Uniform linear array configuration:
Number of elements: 8
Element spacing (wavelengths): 1
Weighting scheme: uniform
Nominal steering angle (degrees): -15
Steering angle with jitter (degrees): -14.785
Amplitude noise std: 0.05
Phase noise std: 0.05

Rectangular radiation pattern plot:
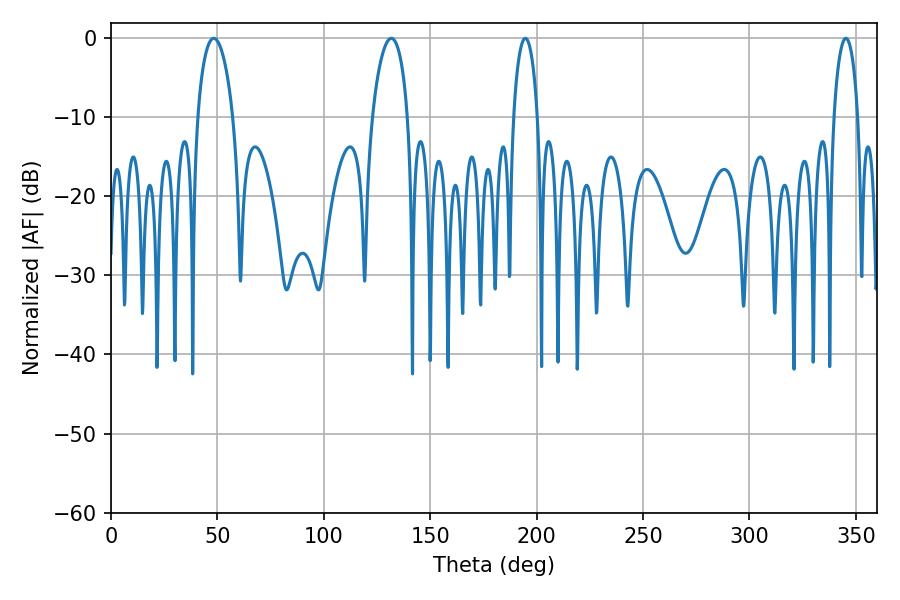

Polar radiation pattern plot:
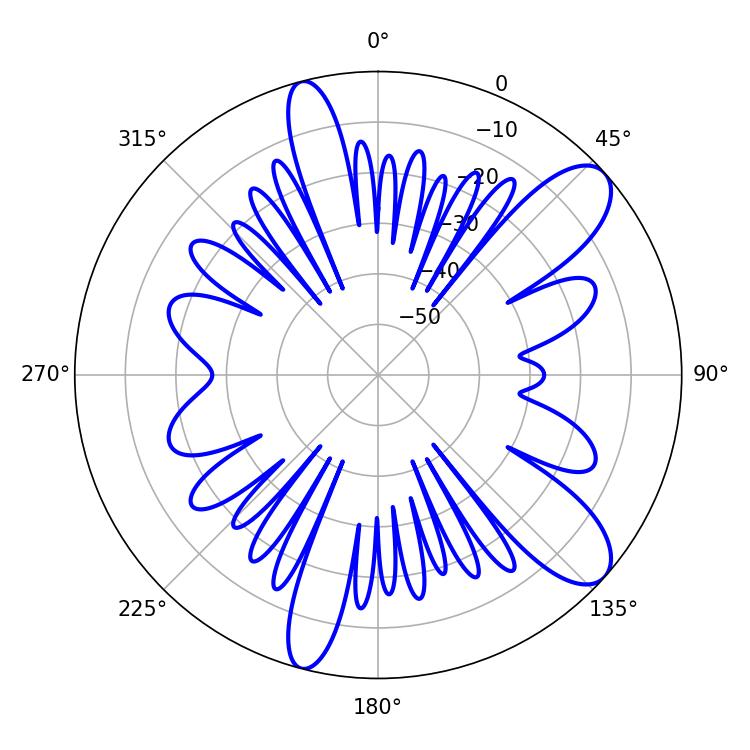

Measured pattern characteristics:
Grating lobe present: TRUE
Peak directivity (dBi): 10.054
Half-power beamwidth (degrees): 9.54
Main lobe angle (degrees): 48.24